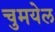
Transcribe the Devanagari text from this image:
चुमयेल